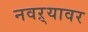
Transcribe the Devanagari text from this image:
नवऱ्यावर